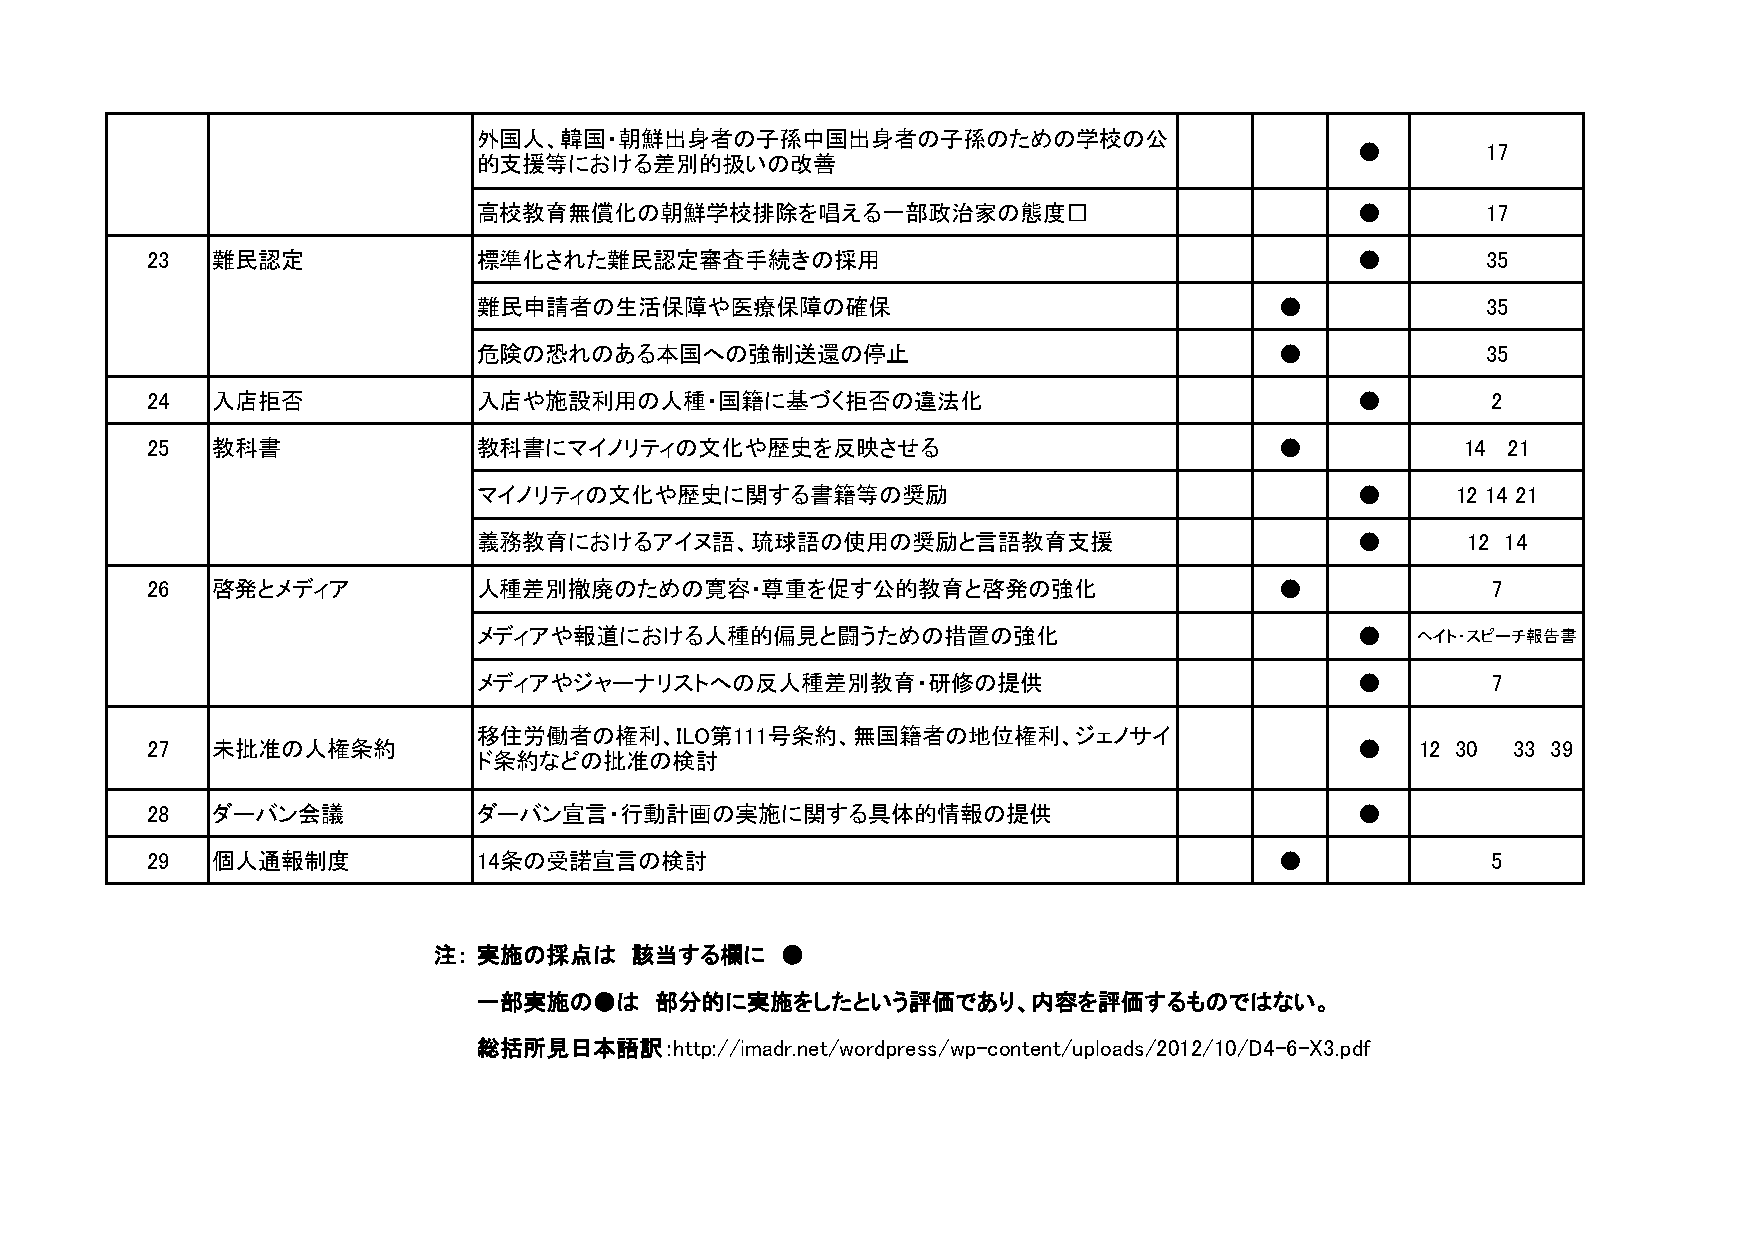
外国人、韓国・朝鮮出身者の子孫中国出身者の子孫のための学校の公
 ●       17
 的支援等における差別的扱いの改善
 高校教育無償化の朝鮮学校排除を唱える一部政治家の態度                                ●       17
 23  難民認定              標準化された難民認定審査手続きの採用                                        ●       35
 難民申請者の生活保障や医療保障の確保                                   ●            35
 危険の恐れのある本国への強制送還の停止                                  ●            35
 24  入店拒否              入店や施設利用の人種・国籍に基づく拒否の違法化                                   ●        2
 25  教科書               教科書にマイノリティの文化や歴史を反映させる                               ●           14 21
 マイノリティの文化や歴史に関する書籍等の奨励                                    ●     12 14 21
 義務教育におけるアイヌ語、琉球語の使用の奨励と言語教育支援                             ●      12 14
 26  啓発とメディア           人種差別撤廃のための寛容・尊重を促す公的教育と啓発の強化                         ●             7
 メディアや報道における人種的偏見と闘うための措置の強化                               ●   ヘイト・スピーチ報告書
 メディアやジャーナリストへの反人種差別教育・研修の提供                               ●        7
 移住労働者の権利、ＩLO第111号条約、無国籍者の地位権利、ジェノサイ
 27  未批准の人権条約                                                                    ●   12 30 33 39
 ド条約などの批准の検討
 28  ダーバン会議            ダーバン宣言・行動計画の実施に関する具体的情報の提供                                ●
 29  個人通報制度            14条の受諾宣言の検討                                          ●             5
 注： 実施の採点は    該当する欄に    ●
 一部実施の●は    部分的に実施をしたという評価であり、内容を評価するものではない。
 総括所見日本語訳：http://imadr.net/wordpress/wp-content/uploads/2012/10/D4-6-X3.pdf